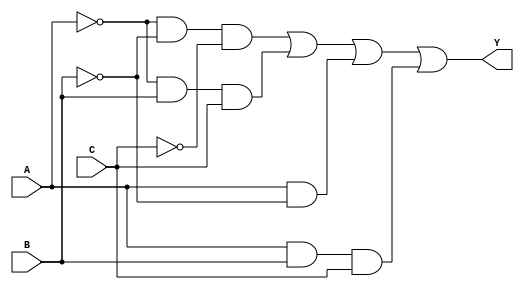
module combinational_logic (
    input wire A,      // Input variable A
    input wire B,      // Input variable B
    input wire C,      // Input variable C
    output wire Y      // Output variable Y
);

// Logic expression derived considering don't care conditions
// For example, lets consider the following truth table:
// A B C | Y
// 0 0 0 | 0
// 0 0 1 | 1
// 0 1 0 | X  (don't care)
// 0 1 1 | 1
// 1 0 0 | 1
// 1 0 1 | X  (don't care)
// 1 1 0 | 0
// 1 1 1 | 1

// From the above table, we can simplify the logic
// Y = A'B'C' + A'BC + AB' + ABC

assign Y = (~A & ~B & ~C) | (~A & B & C) | (A & ~B) | (A & B & C);

endmodule